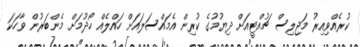
ކުރެއްވިއިރު މަޖިލިސް ޗުއްޓީއަށް ދިޔުމުގެ ކުރިން އެމައްސަލައަށް ހައްލެއް ހޯދުމަށް މެންބަރުން ވާހަކަ